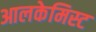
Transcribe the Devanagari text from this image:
आलकेमिस्ट